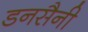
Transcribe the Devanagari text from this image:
डनसैनी